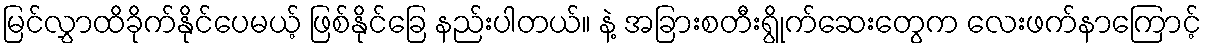
မြင်လွှာထိခိုက်နိုင်ပေမယ့် ဖြစ်နိုင်ခြေ နည်းပါတယ်။ နဲ့ အခြားစတီးရွိုက်ဆေးတွေက လေးဖက်နာကြောင့်